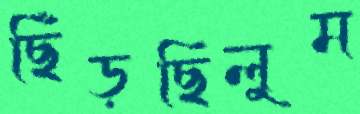
ছিঁড়ছিলুম